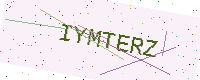
Text: IYMTERZ